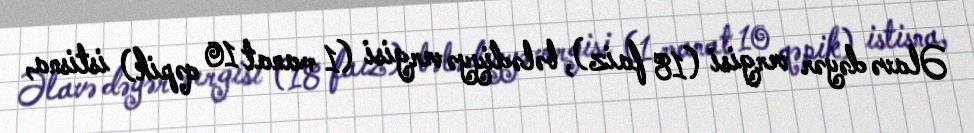
Əlavə dəyər vergisi (18 faiz), bələdiyyə vergisi (1 manat 10 qəpik) istisna,